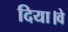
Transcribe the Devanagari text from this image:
दिया।वे